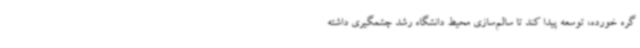
گره خورده، توسعه پیدا کند تا سالم‌سازی محیط دانشگاه رشد چشمگیری داشته